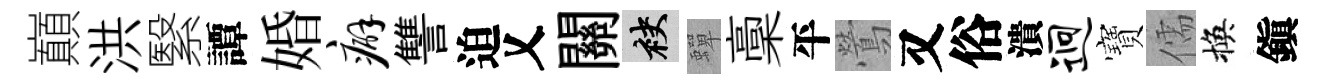
巔洪繄譚婚癖讐迫乂關袂蟬稾平鶯又俗潰迥寶儒換鎭